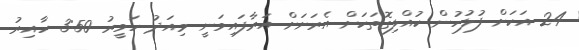
24 އަކަށް ފުލުހުން ކުއްލިގޮތަކަށް އެރަށަށް އަރާފައިވަނީ މިއަދު ހަވީރު 3:50 ހާއިރު